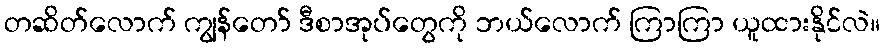
တဆိတ်လောက် ကျွန်တော် ဒီစာအုပ်တွေကို ဘယ်လောက် ကြာကြာ ယူထားနိုင်လဲ။